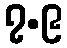
၇.၉